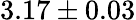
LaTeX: \mathrm{3.17\pm 0.03}